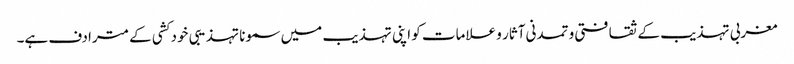
مغربی تہذیب کے ثقافتی و تمدنی آثار و علامات کو اپنی تہذیب میں سمونا تہذیبی خود کشی کے مترادف ہے۔